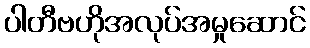
ပါတီဗဟိုအလုပ်အမှုဆောင်